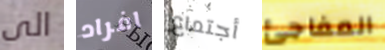
الى افراد أجتماع المفاجئ